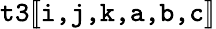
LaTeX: \texttt{t3}[\! [\texttt{i,j,k,a,b,c}]\! ]